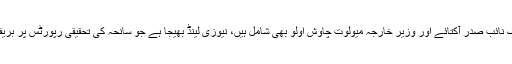
ترکی نے خصوصی طور پر ایک صدارتی وفد جس میں ترک نائب صدر آکتائے اور وزیر خارجہ میولوت چاوش اولو بھی شامل ہیں، نیوزی لینڈ بھیجا ہے جو سانحہ کی تحقیقی رپورٹس پر بریفننگ لے گا اور شہداء کے جنازے میں بھی شرکت کرے گا۔